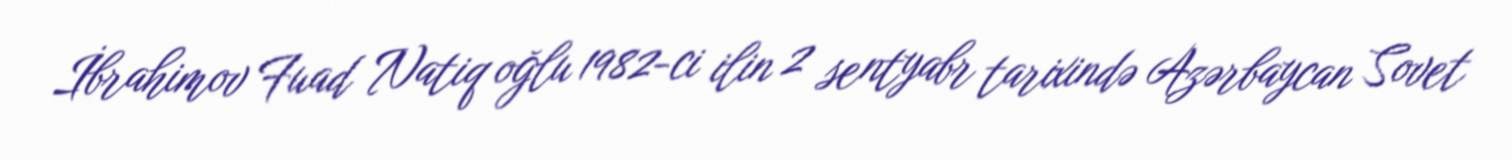
İbrahimov Fuad Natiq oğlu 1982-ci ilin 2 sentyabr tarixində Azərbaycan Sovet